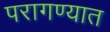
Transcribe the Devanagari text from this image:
परागण्यात